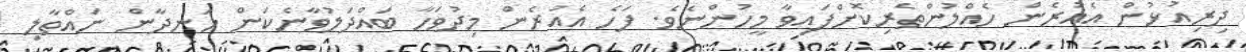
ދިރިއުޅުން އެއުރެން ހެއްލުންތެރިކޮށްފައިވާ މީހުންނެވެ. ފަހެ އެއުރެން މިދުވަހާ ބައްދަލުވާނެކަން ހަނދާން ނައްތާލި